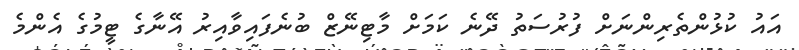
އައު ކުޅުންތެރިންނަށް ފުރުސަތު ދޭނެ ކަމަށް މާޓިނޭޒް ބުނެފައިވާއިރު އޭނާގެ ޓީމުގެ އެންމެ